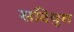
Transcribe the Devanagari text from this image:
सटिवुम